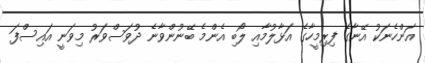
އަންހެނަކު އޭނާގެ ފިރިމީހާގެ އަޅާލުމާއި ލޯބި އެންމެ ބޭނުންވާނެ ދުވަސްވަރު މިވަނީ އައިސްފަ